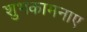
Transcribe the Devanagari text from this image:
शुभकामनाए